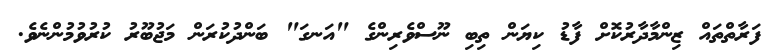
ފަރާތްތައް ޒިންމާދާރުކޮށް ފާޑު ކިޔަން ތިބި ނޫސްވެރިންގެ "އަނގަ" ބަންދުކުރަން މަޖުބޫރު ކުރުވުމުންނެވެ.